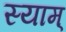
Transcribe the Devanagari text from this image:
स्याम्